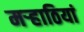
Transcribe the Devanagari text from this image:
मऱ्हाठियां